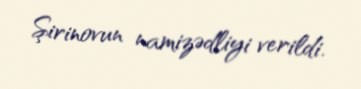
Şirinovun namizədliyi verildi.